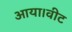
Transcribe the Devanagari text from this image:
आया।वीट